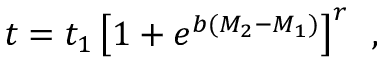
t = t _ { 1 } \left[ 1 + e ^ { b ( M _ { 2 } - M _ { 1 } ) } \right] ^ { r } \, \, \, ,